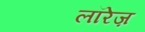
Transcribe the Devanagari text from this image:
लॉरेज़